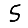
Digit: 5